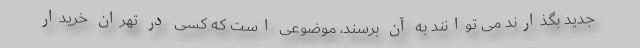
جدید بگذارند می توانند به آن برسند، موضوعی است که کسی در تهران خریدار